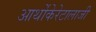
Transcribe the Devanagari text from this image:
आर्थोकेरेटालाजी